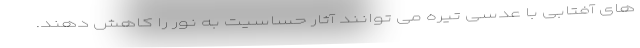
های آفتابی با عدسی تیره می توانند آثار حساسیت به نور را کاهش دهند.